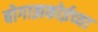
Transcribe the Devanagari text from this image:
बोगाझकोईच्या